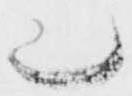
也